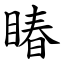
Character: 睶